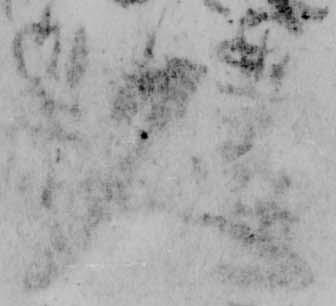
久